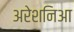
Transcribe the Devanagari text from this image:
अरेशनिआ